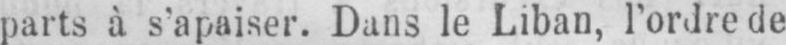
parts à s’apaiser. Dans le Liban, l’ordre de